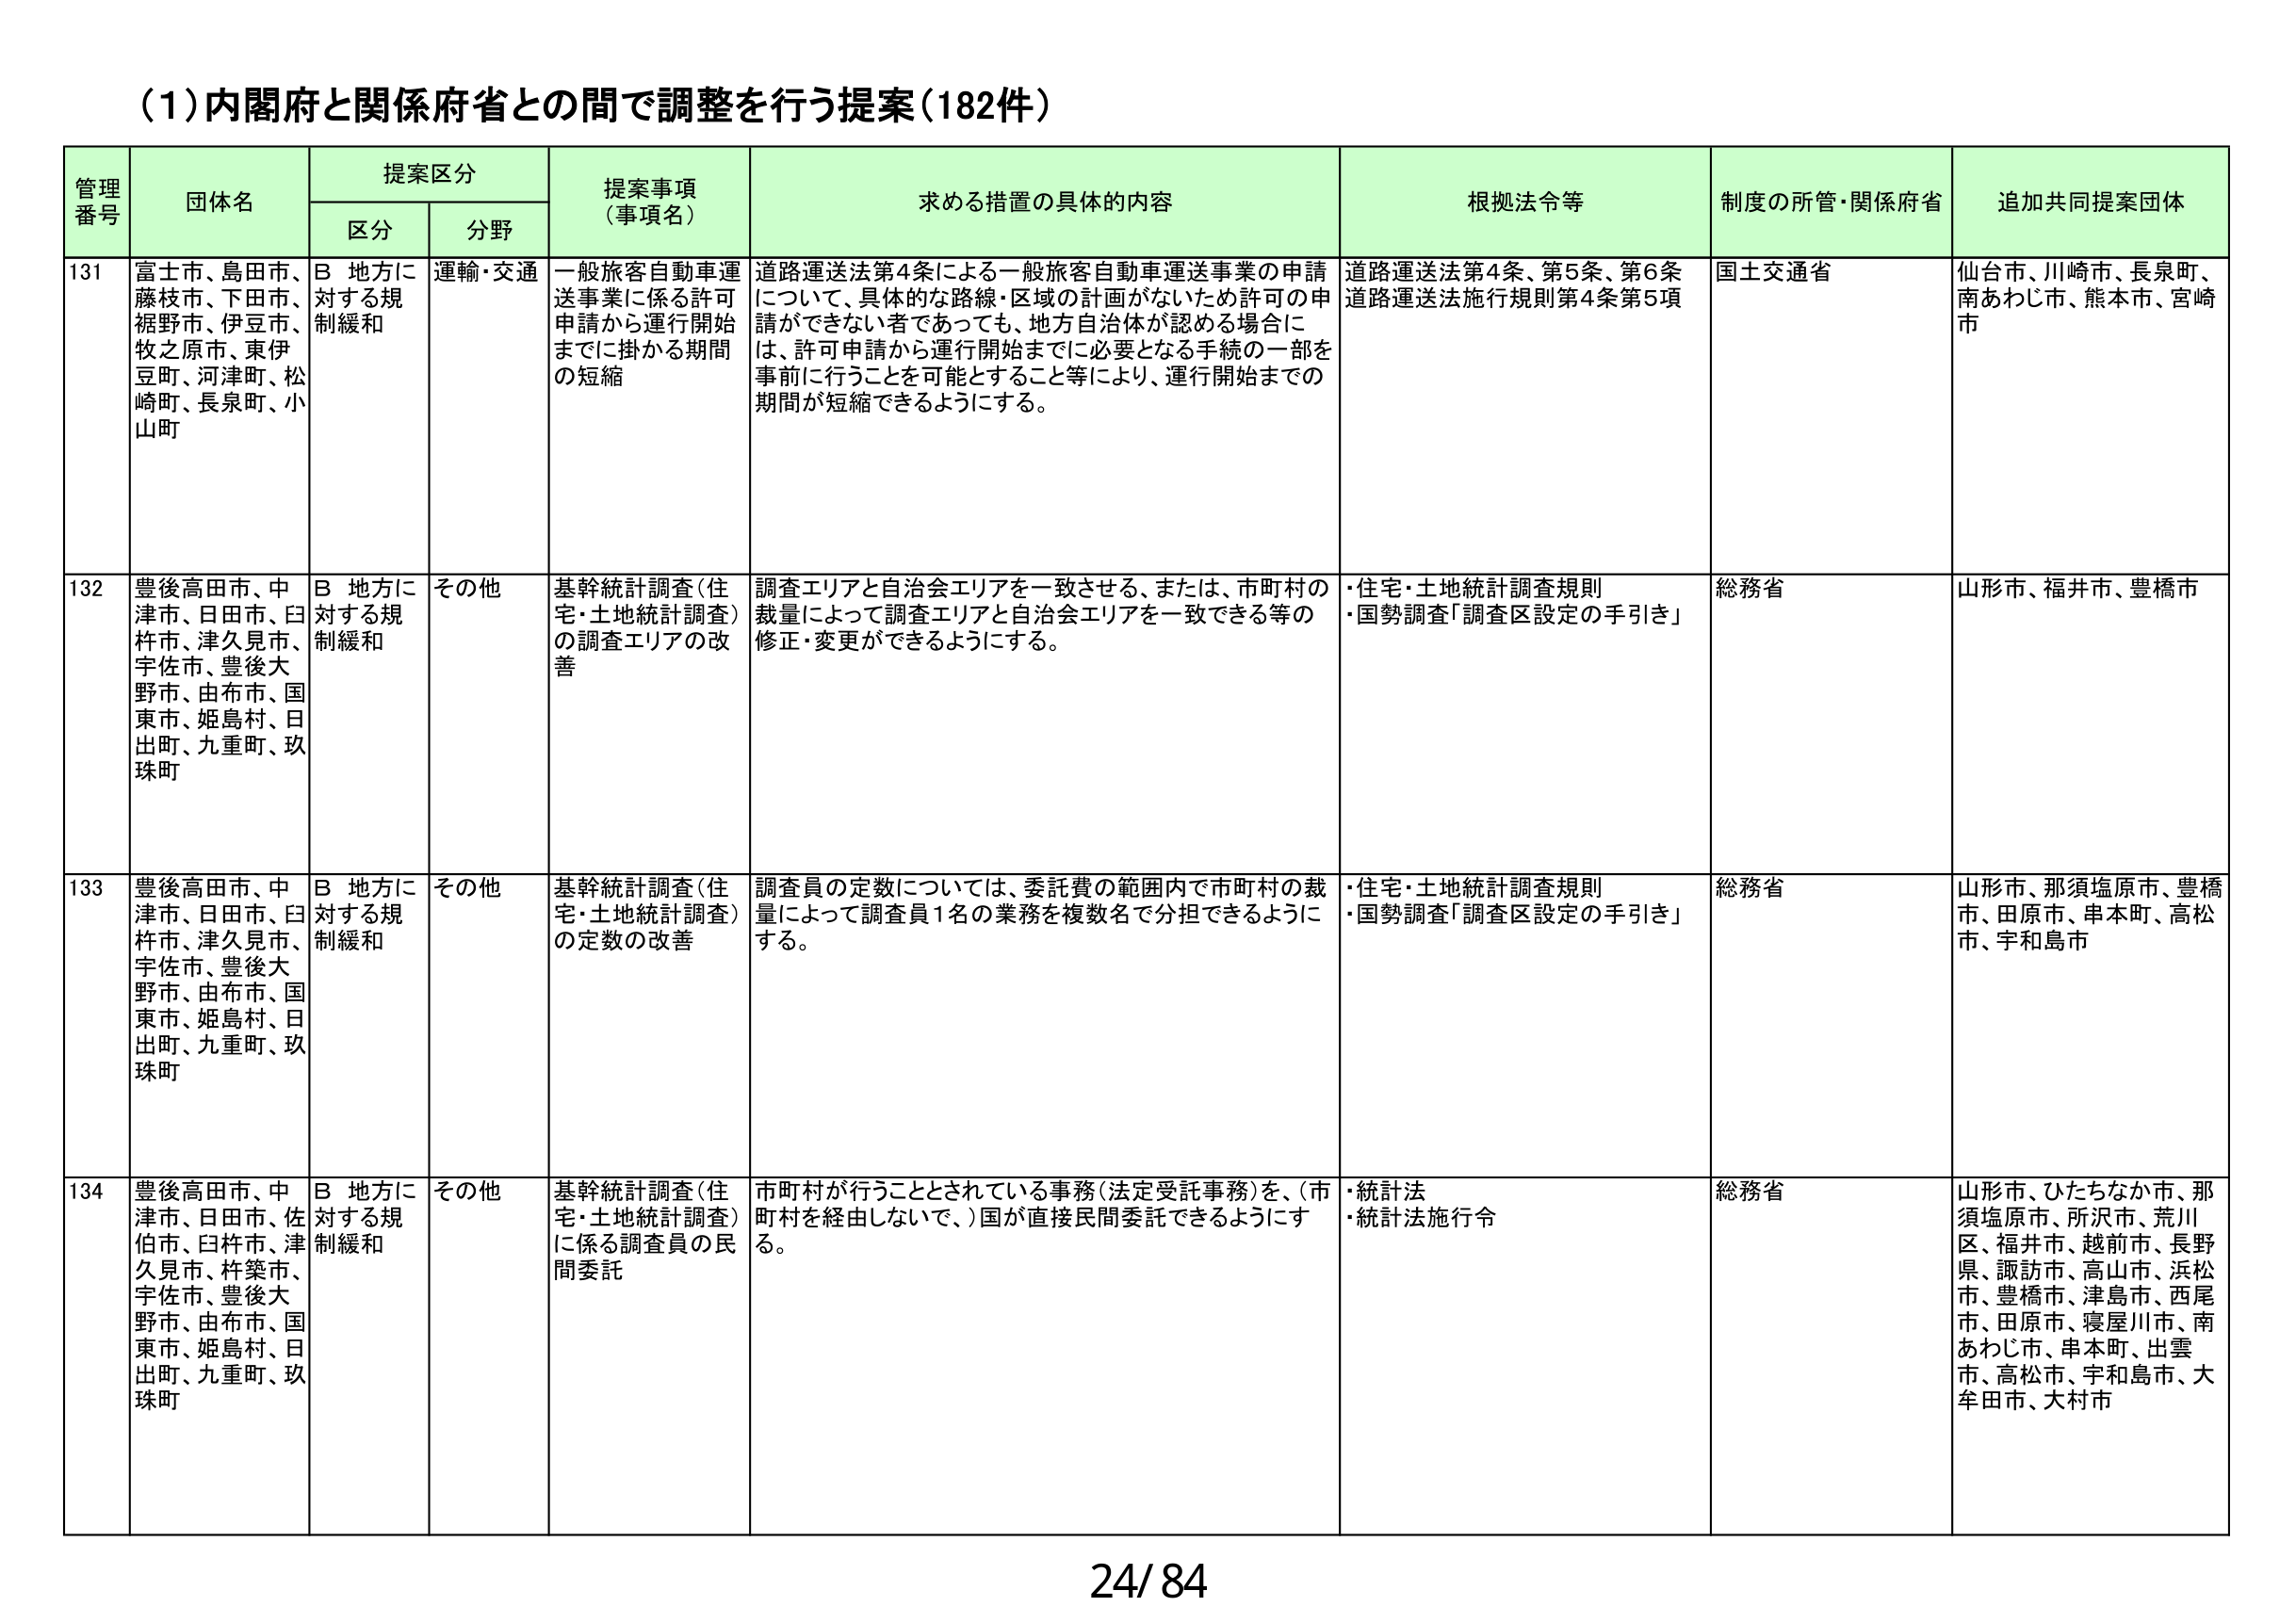
(1)内閣府と関係府省との間で調整を行う提案(182件)

管理番号 団体名 提案区分 提案事項（事項名） 求める措置の具体的内容 根拠法令等 制度の所管・関係府省 追加共同提案団体
区分 分野

131 富士市、島田市、藤枝市、下田市、裾野市、伊豆市、牧之原市、東伊豆町、河津町、松崎町、長泉町、小山町 B 地方に対する規制緩和 運輸・交通 一般旅客自動車運送事業に係る許可申請から運行開始までに掛かる期間の短縮 道路運送法第4条による一般旅客自動車運送事業の申請について、具体的な路線・区域の計画がないため許可の申請ができない者であっても、地方自治体が認める場合には、許可申請から運行開始までに必要となる手続の一部を事前に行うことを可能とすること等により、運行開始までの期間が短縮できるようにする。 道路運送法第4条、第5条、第6条 道路運送法施行規則第4条第5項 国土交通省 仙台市、川崎市、長泉町、南あわじ市、熊本市、宮崎市

132 豊後高田市、中津市、日田市、臼杵市、津久見市、宇佐市、豊後大野市、由布市、国東市、姫島村、日出町、九重町、玖珠町 B 地方に対する規制緩和 その他 基幹統計調査（住宅・土地統計調査）の調査エリアの改善 調査エリアと自治会エリアを一致させる、または、市町村の裁量によって調査エリアと自治会エリアを一致できる等の修正・変更ができるようにする。 ・住宅・土地統計調査規則 ・国勢調査「調査区設定の手引き」 総務省 山形市、福井市、豊橋市

133 豊後高田市、中津市、日田市、臼杵市、津久見市、宇佐市、豊後大野市、由布市、国東市、姫島村、日出町、九重町、玖珠町 B 地方に対する規制緩和 その他 基幹統計調査（住宅・土地統計調査）の定数の改善 調査員の定数については、委託費の範囲内で市町村の裁量によって調査員1名の業務を複数名で分担できるようにする。 ・住宅・土地統計調査規則 ・国勢調査「調査区設定の手引き」 総務省 山形市、那須塩原市、豊橋市、田原市、串本町、高松市、宇和島市

134 豊後高田市、中津市、日田市、佐伯市、臼杵市、津久見市、杵築市、宇佐市、豊後大野市、由布市、国東市、姫島村、日出町、九重町、玖珠町 B 地方に対する規制緩和 その他 基幹統計調査（住宅・土地統計調査）に係る調査員の民間委託 市町村が行うこととされている事務（法定受託事務）を、（市町村を経由しないで、）国が直接民間委託できるようにする。 ・統計法 ・統計法施行令 総務省 山形市、ひたちなか市、那須塩原市、所沢市、荒川区、福井市、越前市、長野県、諏訪市、高山市、浜松市、豊橋市、津島市、西尾市、田原市、寝屋川市、南あわじ市、串本町、出雲市、高松市、宇和島市、大牟田市、大村市

24/84